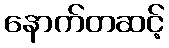
နောက်တဆင့်